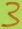
Text: 3